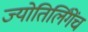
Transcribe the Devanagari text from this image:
ज्योतिर्लिंगेंच